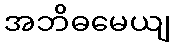
အဘိဓမေယျ